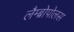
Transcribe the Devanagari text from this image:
लैम्ब्रोपोलस